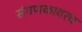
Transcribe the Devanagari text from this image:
संगणकावरच